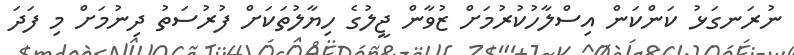
ނުރަނގަޅު ކަންކަން އިސްލާހުކުރުމަށް ޒުވާން ޖީލުގެ ހިޔާލުތަކަށް ފުރުސަތު ދިނުމަށް މި ފަދަ